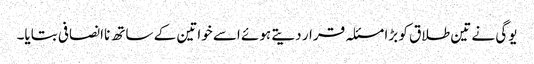
یوگی نے تین طلاق کو بڑا مسئلہ قرار دیتے ہوئے اسے خواتین کے ساتھ ناانصافی بتایا۔